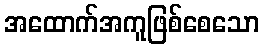
အထောက်အကူဖြစ်စေသော